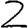
Digit: 2